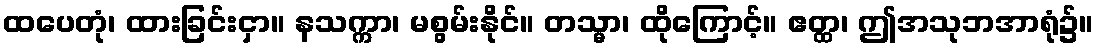
ထပေတုံ၊ ထားခြင်းငှာ။ နသက္ကာ၊ မစွမ်းနိုင်။ တသ္မာ၊ ထိုကြောင့်။ ဧတ္ထ၊ ဤအသုဘအာရုံ၌။